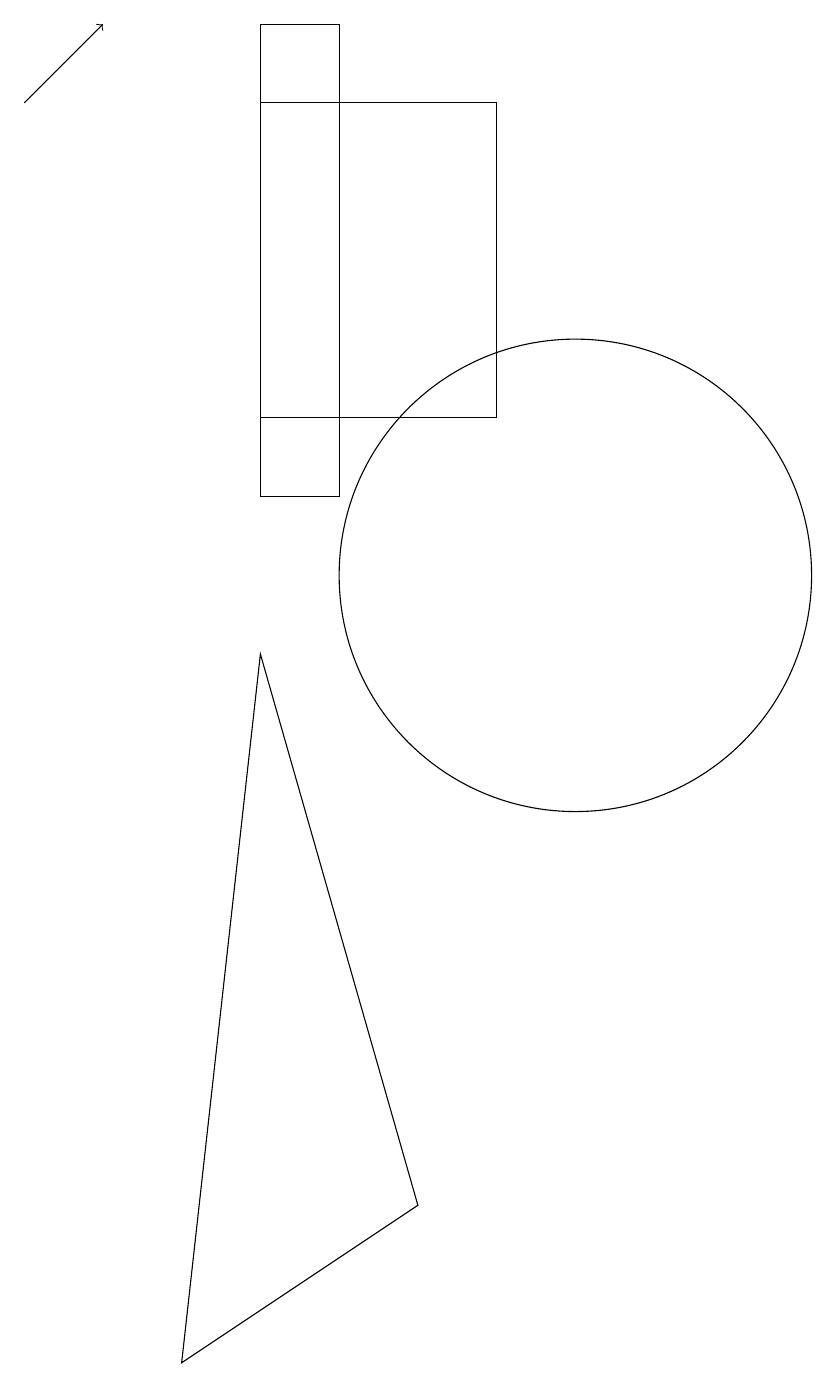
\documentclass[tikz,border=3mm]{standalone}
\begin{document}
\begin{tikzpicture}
\draw (6,9) -- (8,2) -- (5,0) -- cycle;
\draw (6,12) rectangle (9,16);
\draw[->] (3,16) -- (4,17);
\draw (7,17) rectangle (6,11);
\draw (10,10) circle (3);
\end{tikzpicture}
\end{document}